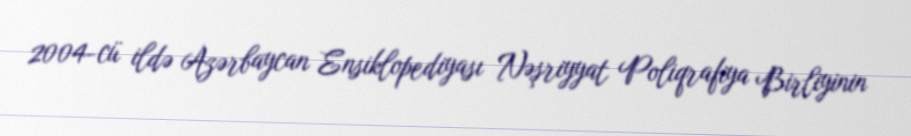
2004-cü ildə Azərbaycan Ensiklopediyası Nəşriyyat Poliqrafiya Birliyinin